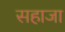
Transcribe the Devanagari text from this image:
सहाजा